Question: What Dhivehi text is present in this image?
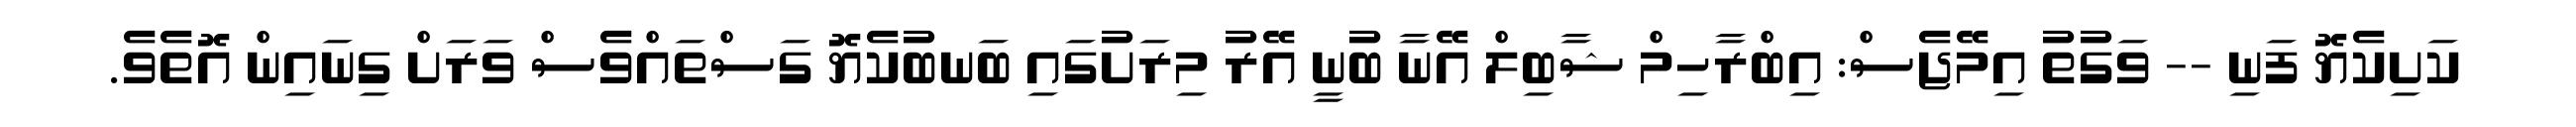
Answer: ކަށިކެޔޮ ފަނި -- ވަގުތު އިމޭޖެސް: އިބްރާހިމް ޝާބިލް އޭނާ ބުނީ އޭރު މިރަށުގައި ބަނބުކެޔޮ ގަސްތައްވެސް ވަރަށް ގިނައިން އޮތެވެ.